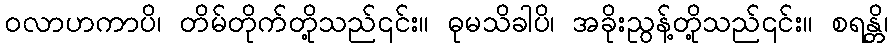
ဝလာဟကာပိ၊ တိမ်တိုက်တို့သည်၎င်း။ ဓုမသိခါပိ၊ အခိုးညွန့်တို့သည်၎င်း။ စရန္တိ၊